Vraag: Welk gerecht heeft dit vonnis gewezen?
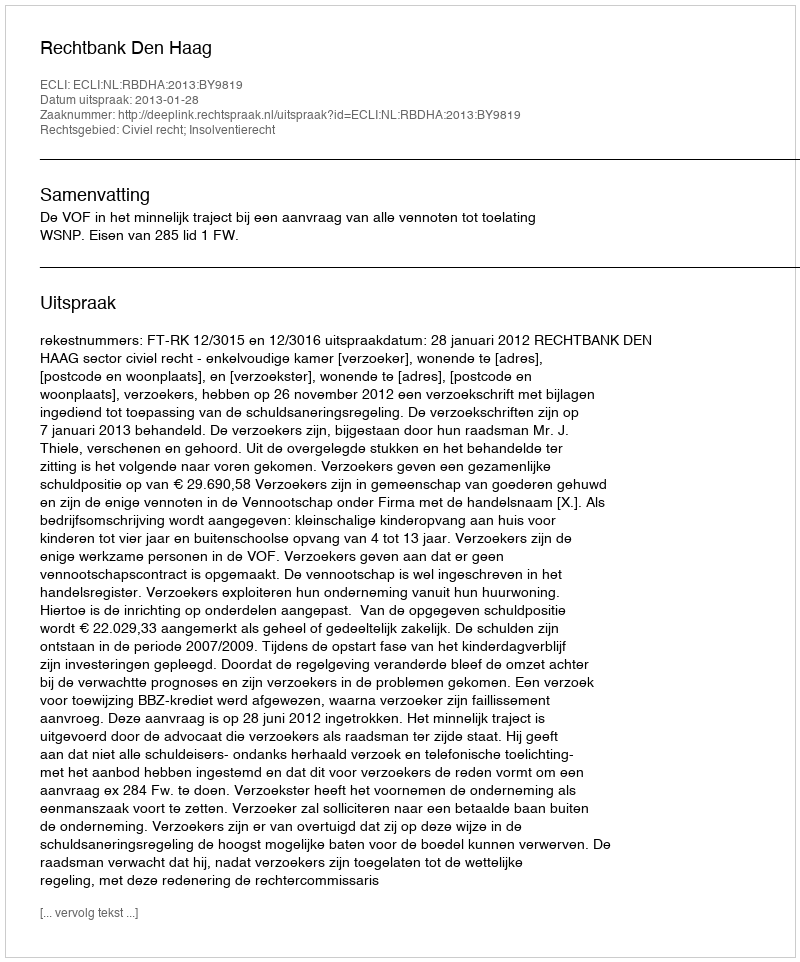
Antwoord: Rechtbank Den Haag